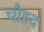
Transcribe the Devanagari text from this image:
चौहद